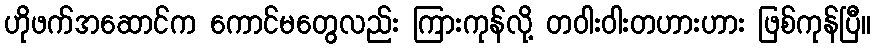
ဟိုဖက်အဆောင်က ကောင်မတွေလည်း ကြားကုန်လို့ တဝါးဝါးတဟားဟား ဖြစ်ကုန်ပြီ။